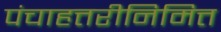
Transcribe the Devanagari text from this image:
पंचाहत्तरीनिमित्त